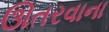
ઊતરવાના